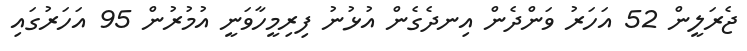
ޖެރަލީން 52 އަހަރު ވަންދެން އިނދެގެން އުޅުނު ފިރިމީހާވަނީ އުމުރުން 95 އަހަރުގައި